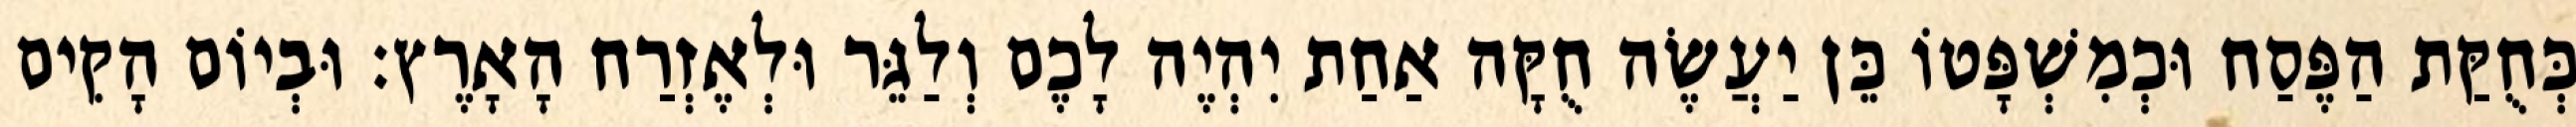
כְּחֻקַּת הַפֶּסַח וּכְמִשְׁפָּטוֹ כֵּן יַעֲשֶׂה חֻקָּה אַחַת יִהְיֶה לָכֶם וְלַגֵּר וּלְאֶזְרַח הָאָרֶץ׃ וּבְיוֹם הָקִים